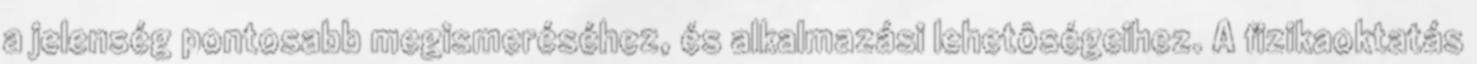
a jelenség pontosabb megismeréséhez, és alkalmazási lehetôségeihez. A fizikaoktatás